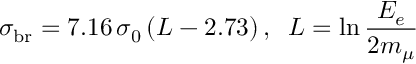
\sigma _ { \mathrm { b r } } = 7 . 1 6 \, \sigma _ { 0 } \, ( L - 2 . 7 3 ) \, , \; \; L = \ln { \frac { E _ { e } } { 2 m _ { \mu } } }